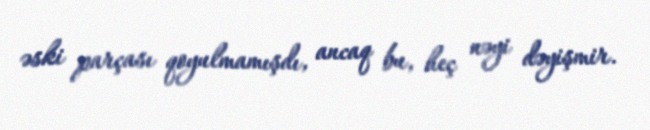
əski parçası qoyulmamışdı, ancaq bu, heç nəyi dəyişmir.